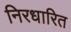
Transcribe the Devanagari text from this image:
निरधारित